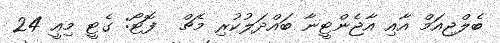
ބެލްޖިއަމް އާއި އާޖެންޓީނާ ބައްދަލުކުރި މެޗް  ފޮޓޯ: ގެޓީ މިއީ 24